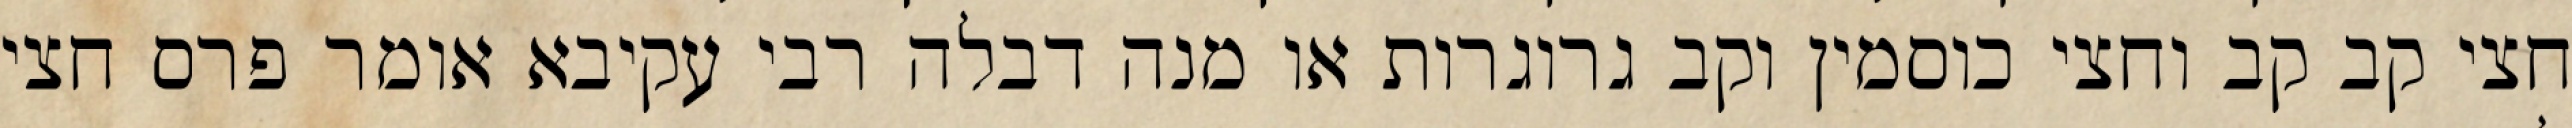
חצי קב קב וחצי כוסמין וקב גרוגרות או מנה דבלה רבי עקיבא אומר פרס חצי